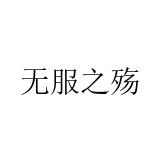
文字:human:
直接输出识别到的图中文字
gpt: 无服之殇